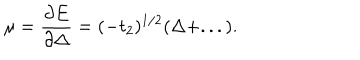
LaTeX: \mu = \frac { \partial E } { \partial \Delta } = ( - t _ { 2 } ) ^ { 1 / 2 } ( \Delta + . . . ) .